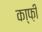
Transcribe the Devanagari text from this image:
का्फ़ी